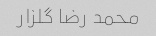
محمد رضا گلزار